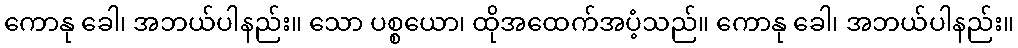
ကောနု ခေါ၊ အဘယ်ပါနည်း။ သော ပစ္စယော၊ ထိုအထေက်အပံ့သည်။ ကောနု ခေါ၊ အဘယ်ပါနည်း။